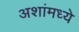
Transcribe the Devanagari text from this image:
अशांमध्ये